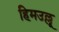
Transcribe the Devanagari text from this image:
हिमउल्लू